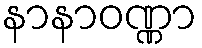
နာနာဝဏ္ဏာ